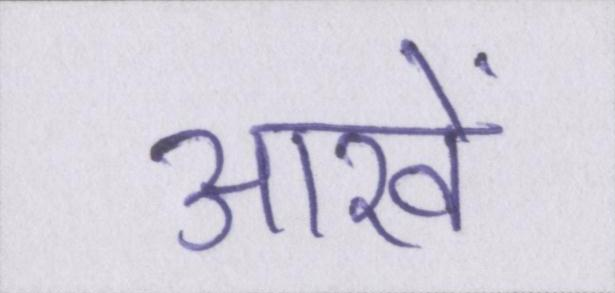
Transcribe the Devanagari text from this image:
आखें